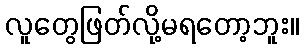
လူတွေဖြတ်လို့မရတော့ဘူး။